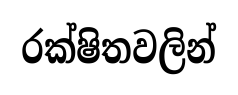
රක්ෂිතවලින්